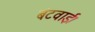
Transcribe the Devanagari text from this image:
बंटवाई।